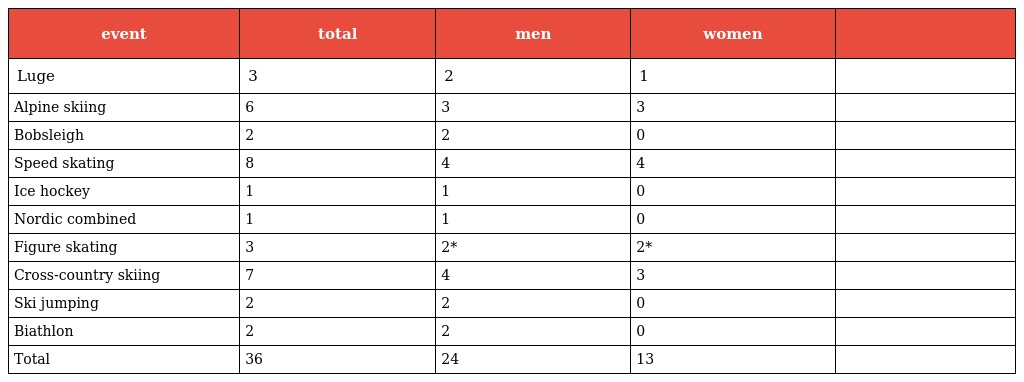
| event | total | men | women |  |
 | --- | --- | --- | --- | --- |
 | Luge | 3 | 2 | 1 |  |
 | Alpine skiing | 6 | 3 | 3 |  |
 | Bobsleigh | 2 | 2 | 0 |  |
 | Speed skating | 8 | 4 | 4 |  |
 | Ice hockey | 1 | 1 | 0 |  |
 | Nordic combined | 1 | 1 | 0 |  |
 | Figure skating | 3 | 2* | 2* |  |
 | Cross-country skiing | 7 | 4 | 3 |  |
 | Ski jumping | 2 | 2 | 0 |  |
 | Biathlon | 2 | 2 | 0 |  |
 | Total | 36 | 24 | 13 |  |